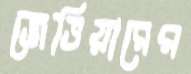
জেভিয়ারের